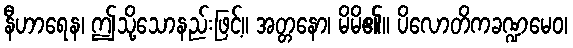
နီဟာရေန၊ ဤသို့သောနည်းဖြင့်။ အတ္တနော၊ မိမိ၏။ ပိလောတိကခဏ္ဍမေဝ၊